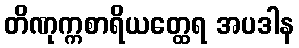
တိဏုက္ကစာရိယတ္ထေရ အပဒါန